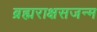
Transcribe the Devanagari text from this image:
ब्रह्मराक्षसजन्म